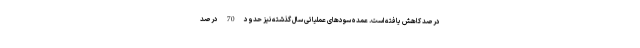
درصد کاهش یافته است. عمده سودهای عملیاتی سال گذشته نیز حدود 70 درصد